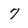
Character: 7